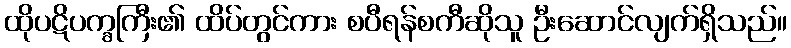
ထိုပဋိပက္ခကြီး၏ ထိပ်တွင်ကား စပီရန်စကီဆိုသူ ဦးဆောင်လျက်ရှိသည်။